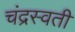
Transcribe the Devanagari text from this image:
चंद्रस्वती